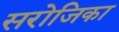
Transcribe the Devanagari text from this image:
सरोजिका